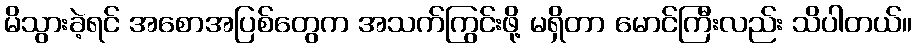
မိသွားခဲ့ရင် အစောအပြစ်တွေက အသက်ကြွင်းဖို့ မရှိတာ မောင်ကြီးလည်း သိပါတယ်။